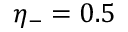
\eta _ { - } = 0 . 5